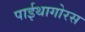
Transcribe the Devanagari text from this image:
पाईथागोरस